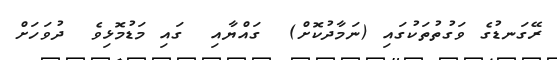
ރޭގަނޑުގެ ވަގުތުތަކުގައި (ނަމާދުކޮށް)  ގައްޔާއި  ގައި މަޑުމޮޅިވެ  ދުވަހަށް